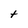
Character: t